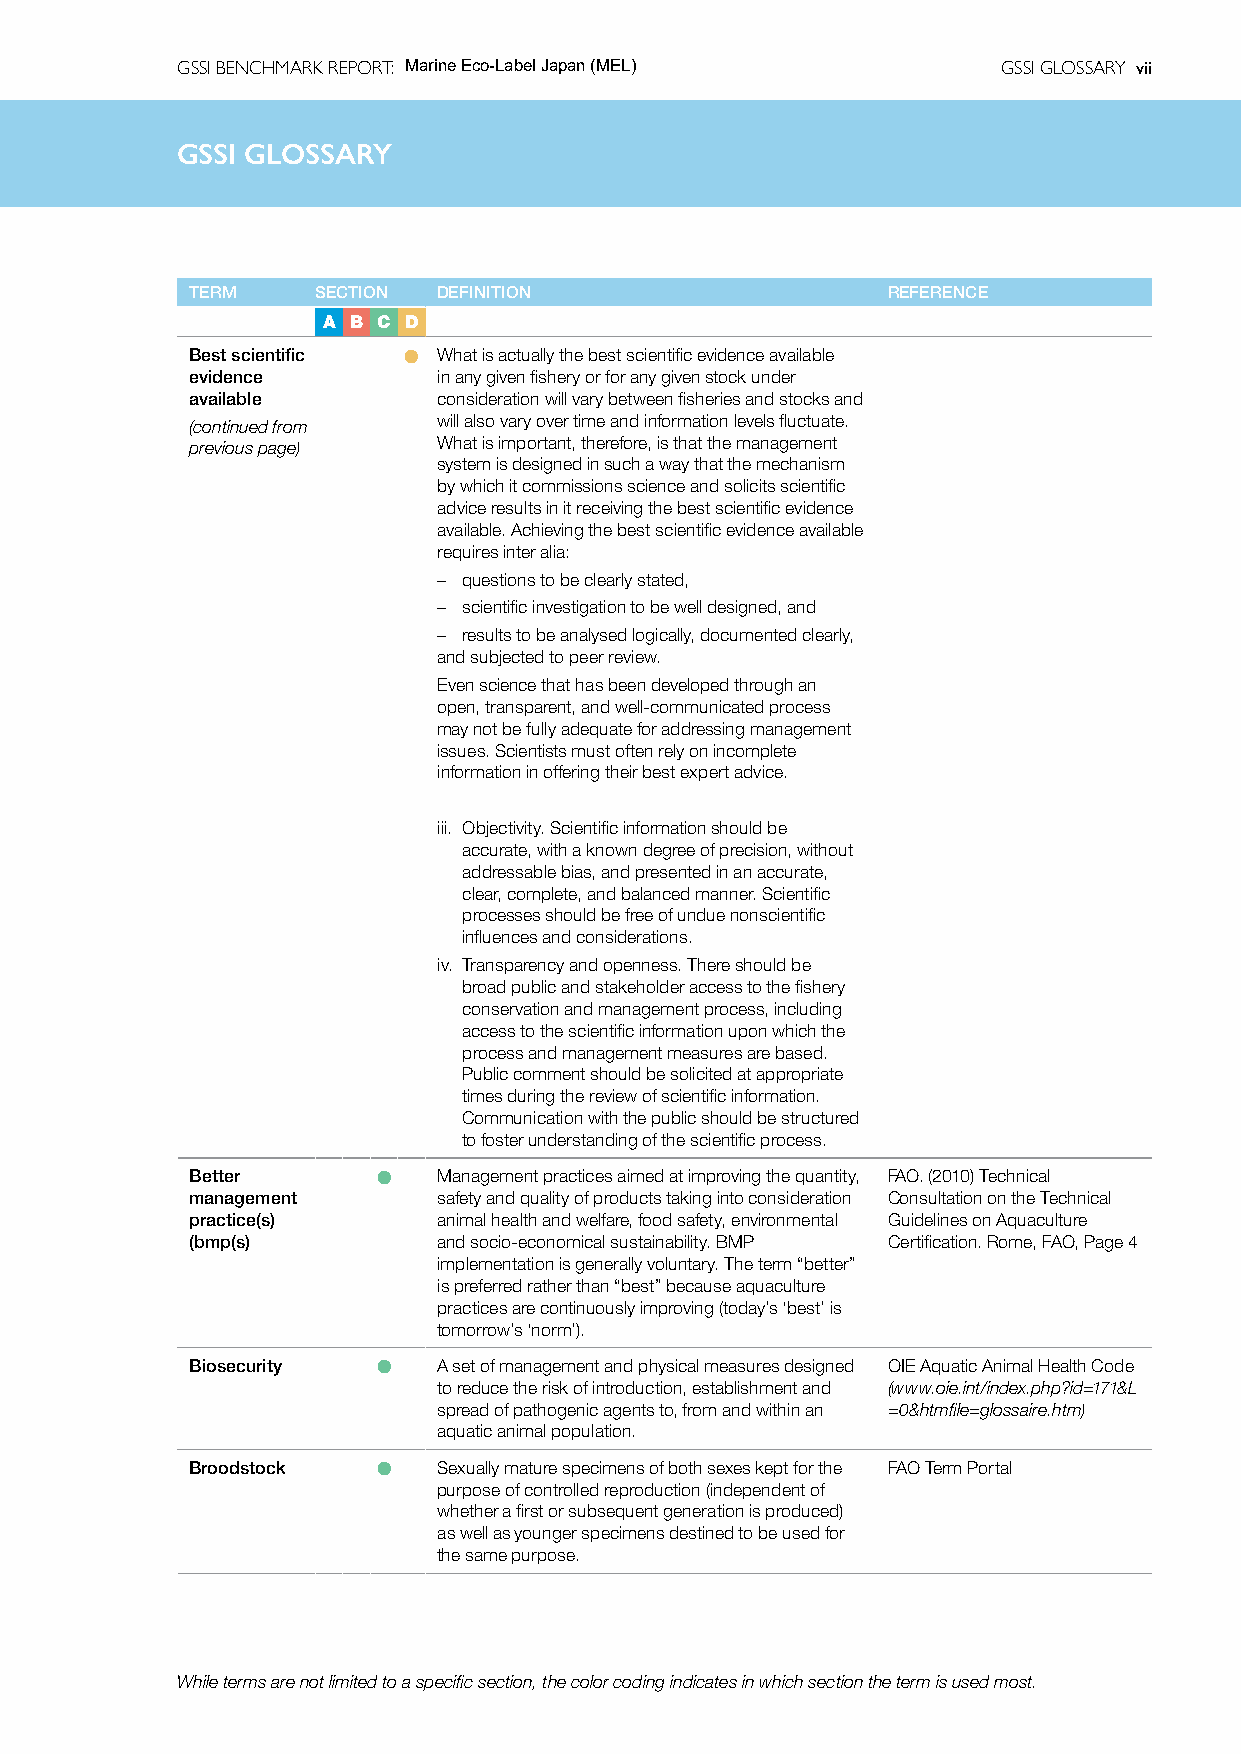
GSSI BENCHMARK REPORT: Marine Eco-Label Japan (MEL)   GSSI GLOSSARY vii
 GSSIG  GSSIl oGsLOsaSSrAyRY
 TERM    SECTION DEFINITION                    REFERENCE
 A B C D
 Best scientific l What is actually the best scientific evidence available
 evidence        in any given fishery or for any given stock under
 available       consideration will vary between fisheries and stocks and
 (continued from will also vary over time and information levels fluctuate.
 previous page)  What is important, therefore, is that the management
 system is designed in such a way that the mechanism
 by which it commissions science and solicits scientific
 advice results in it receiving the best scientific evidence
 available. Achieving the best scientific evidence available
 requires inter alia:
 – questions to be clearly stated,
 – scientific investigation to be well designed, and
 – results to be analysed logically, documented clearly,
 and subjected to peer review.
 Even science that has been developed through an
 open, transparent, and well-communicated process
 may not be fully adequate for addressing management
 issues. Scientists must often rely on incomplete
 information in offering their best expert advice.
 iii. Objectivity. Scientific information should be
 accurate, with a known degree of precision, without
 addressable bias, and presented in an accurate,
 clear, complete, and balanced manner. Scientific
 processes should be free of undue nonscientific
 influences and considerations.
 iv. Transparency and openness. There should be
 broad public and stakeholder access to the fishery
 conservation and management process, including
 access to the scientific information upon which the
 process and management measures are based.
 Public comment should be solicited at appropriate
 times during the review of scientific information.
 Communication with the public should be structured
 to foster understanding of the scientific process.
 Better      l   Management practices aimed at improving the quantity, FAO. (2010) Technical
 management      safety and quality of products taking into consideration Consultation on the Technical
 practice(s)     animal health and welfare, food safety, environmental Guidelines on Aquaculture
 (bmp(s)         and socio-economical sustainability. BMP Certification. Rome, FAO, Page 4
 implementation is generally voluntary. The term “better”
 is preferred rather than “best” because aquaculture
 practices are continuously improving (today’s ‘best’ is
 tomorrow’s ‘norm’).
 Biosecurity l   A set of management and physical measures designed OIE Aquatic Animal Health Code
 to reduce the risk of introduction, establishment and (www.oie.int/index.php?id=171&L
 spread of pathogenic agents to, from and within an =0&htmfile=glossaire.htm)
 aquatic animal population.
 Broodstock  l   Sexually mature specimens of both sexes kept for the FAO Term Portal
 purpose of controlled reproduction (independent of
 whether a first or subsequent generation is produced)
 as well as younger specimens destined to be used for
 the same purpose.
 While terms are not limited to a specific section, the color coding indicates in which section the term is used most.